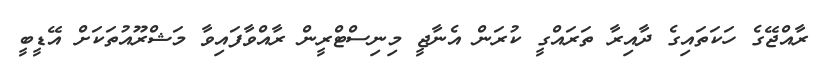
ރާއްޖޭގެ ހަކަތައިގެ ދާއިރާ ތަރައްގީ ކުރަން އެނާޖީ މިނިސްޓްރީން ރާއްވާފައިވާ މަޝްރޫއުތަކަށް އޭޑީބީ